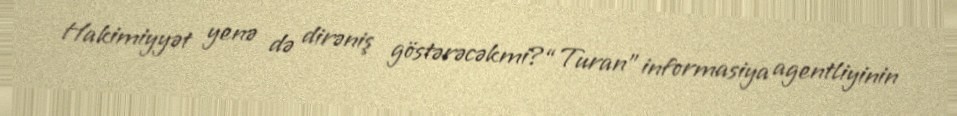
Hakimiyyət yenə də dirəniş göstərəcəkmi?“Turan” informasiya agentliyinin